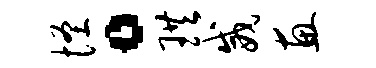
怪。珙威惠